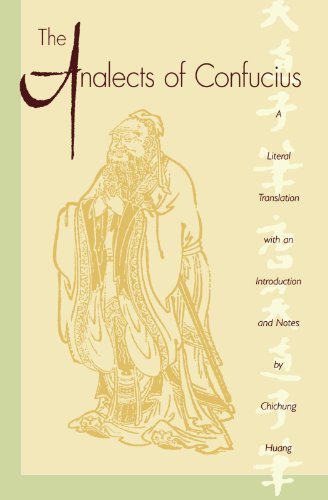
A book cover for The Analects of Confucius (Lun Yu); Confucius; Religion & Spirituality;